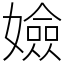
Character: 嬐